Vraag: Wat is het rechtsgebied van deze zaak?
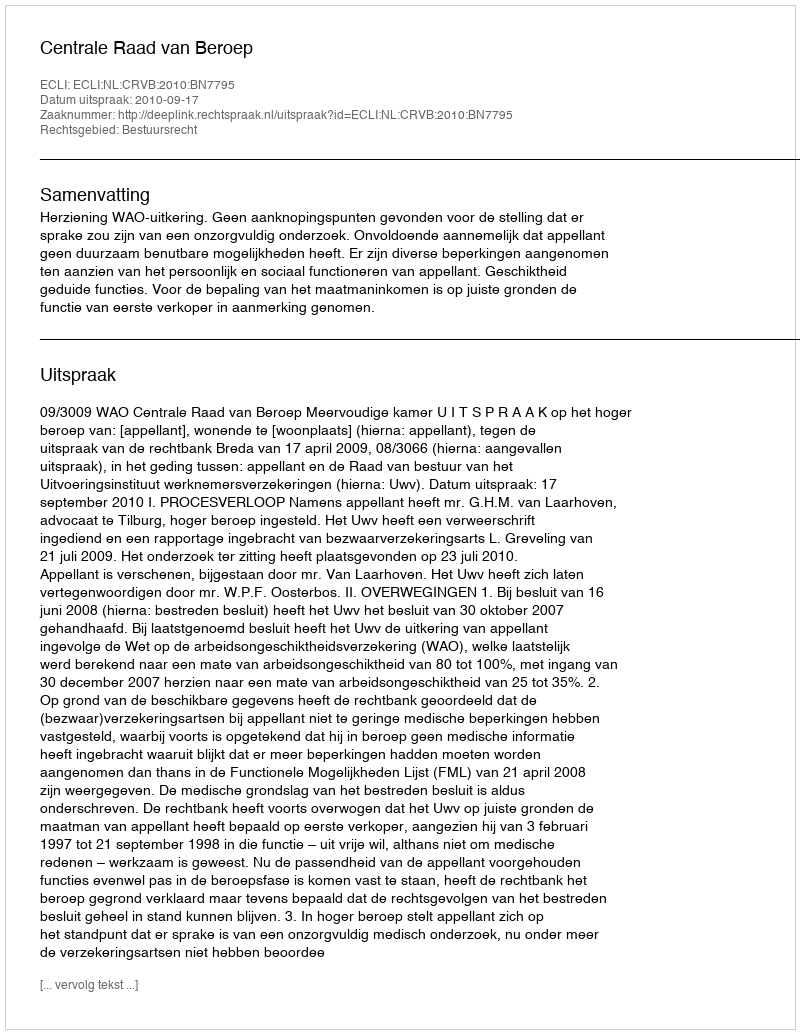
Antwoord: Bestuursrecht